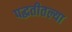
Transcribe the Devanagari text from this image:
पद्धतीतल्या